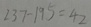
2 3 7 - 1 9 5 = 4 2